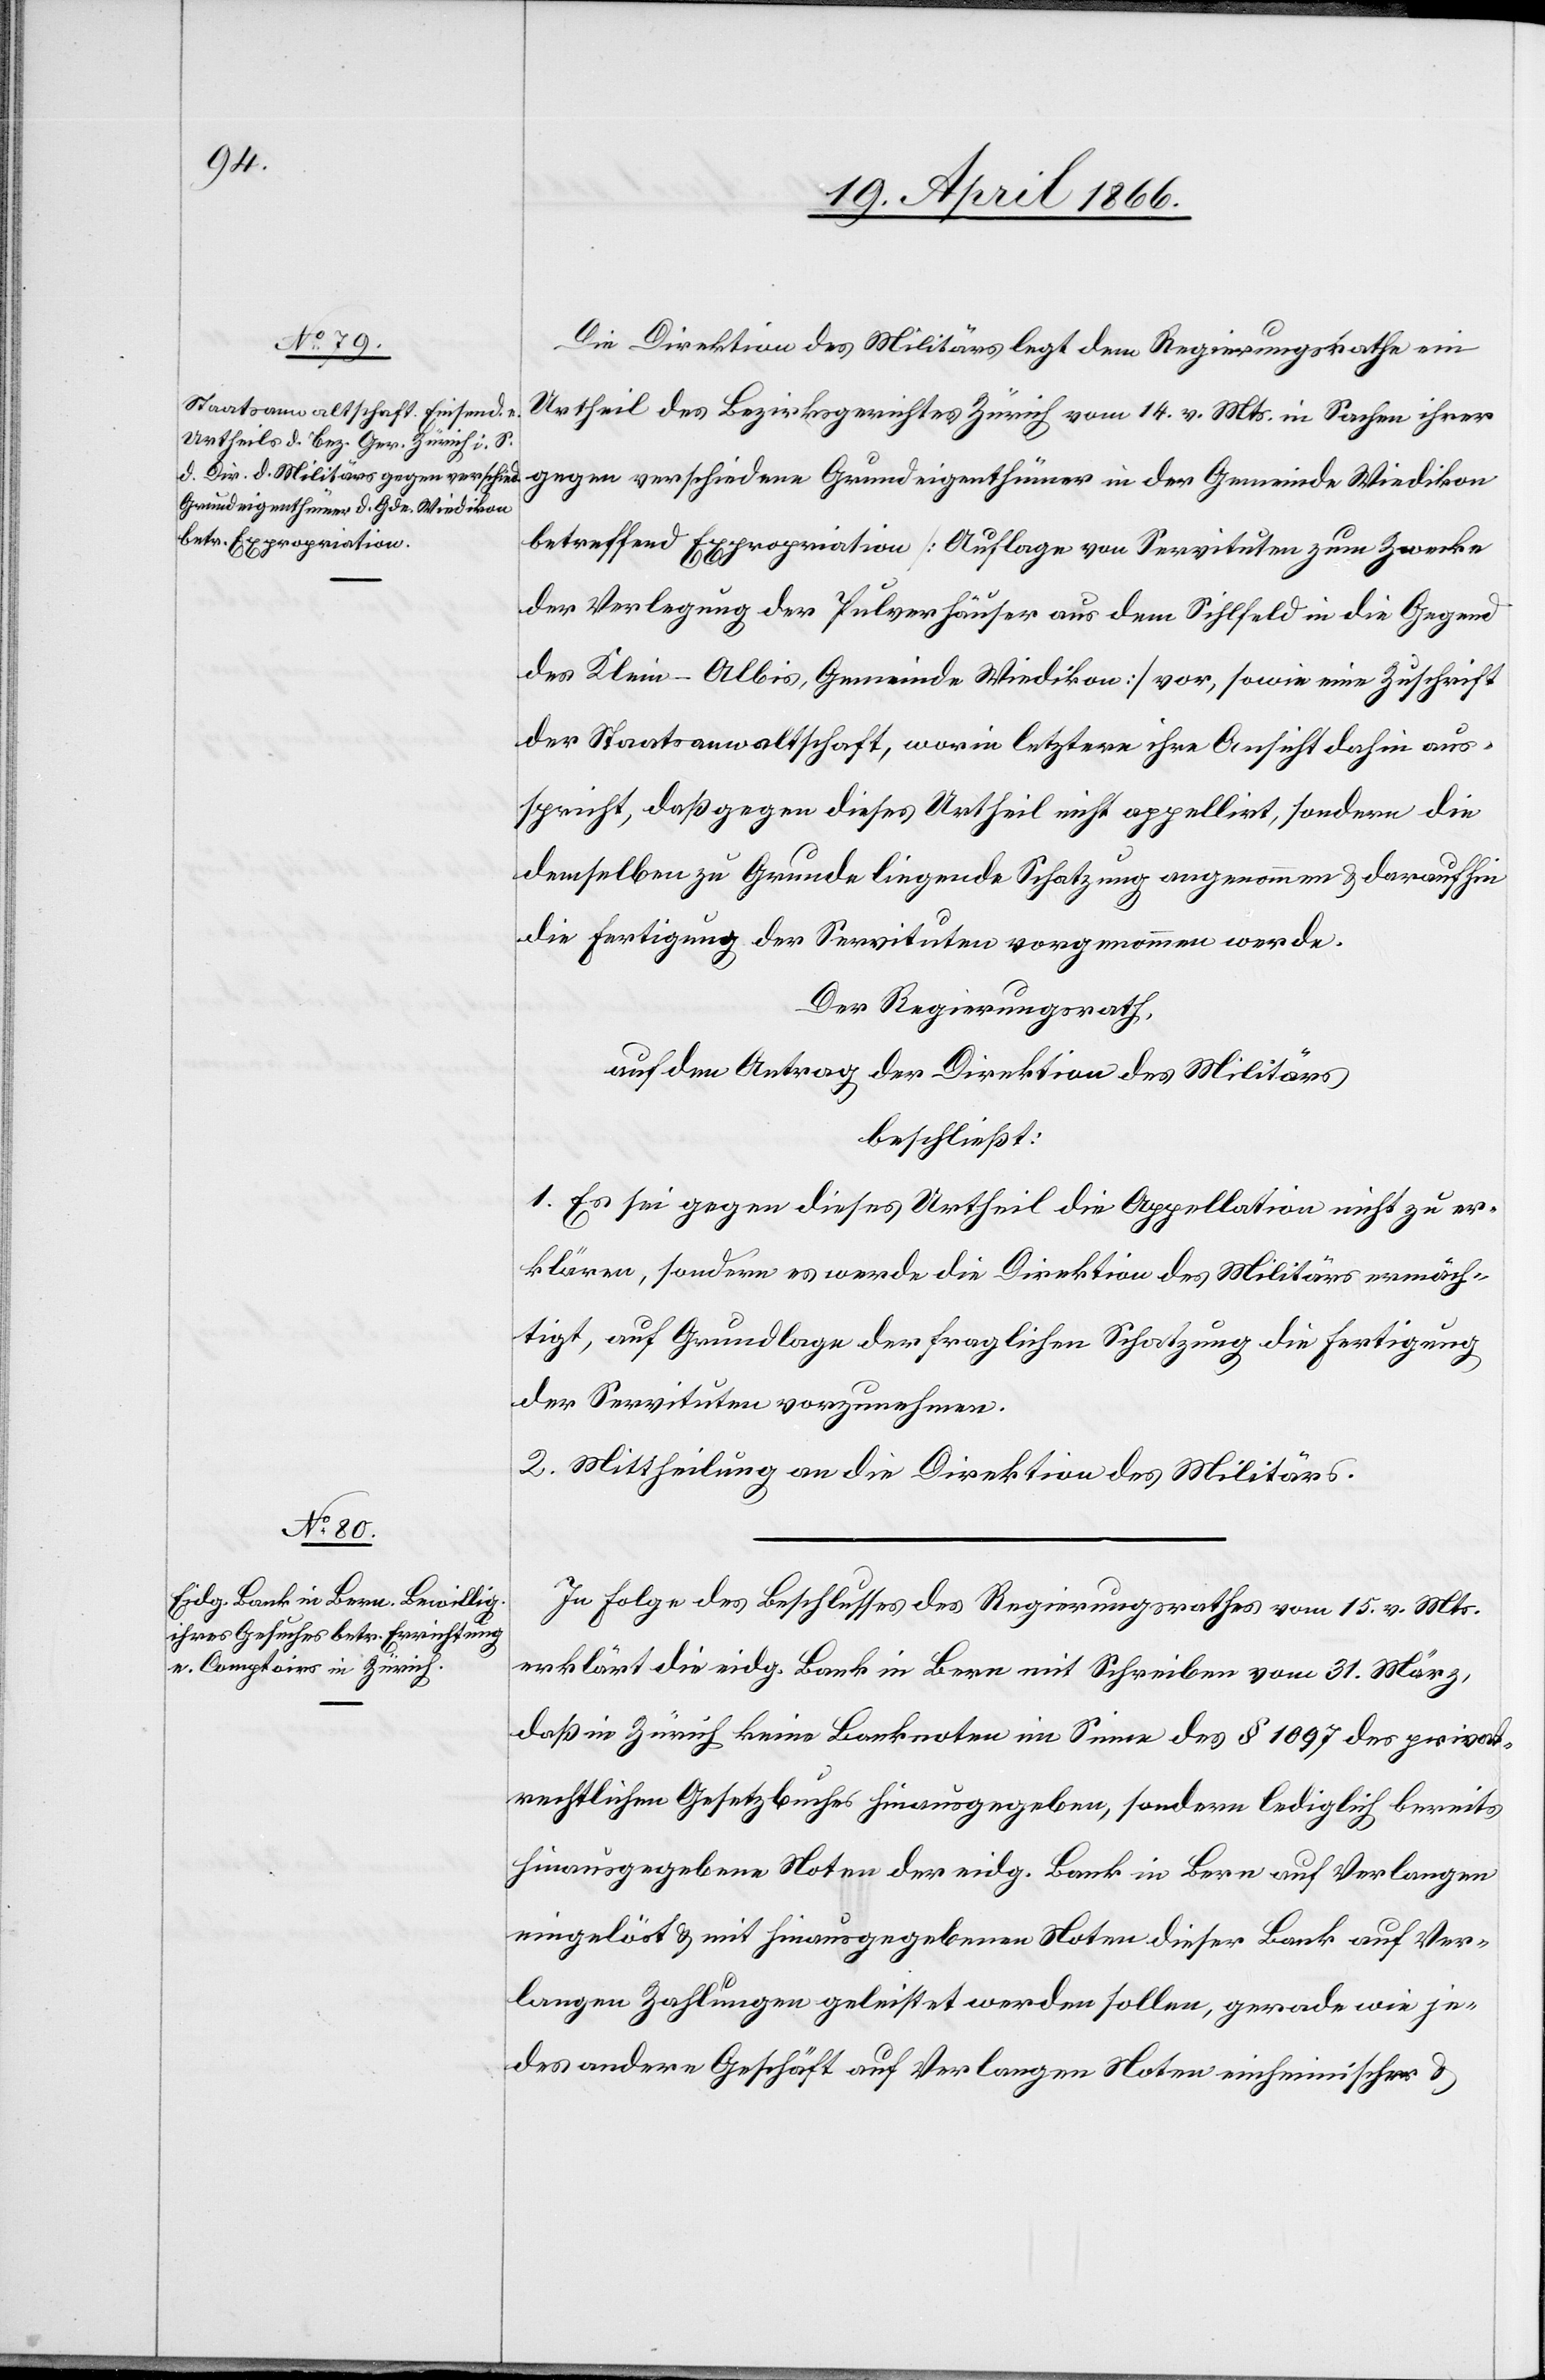
Die Direktion des Militärs legt dem Regierungsrathe ein
Urtheil des Bezirksgerichtes Zürich vom 14. v. Mts. in Sachen ihrer
gegen verschiedene Grundeigenthümer in der Gemeinde Wiedikon
betreffend Expropriation [Auflage von Servituten zum Zwecke
der Verlegung der Pulverhäuser aus dem Sihlfeld in die Gegen¬
d Klein-Albis, Gemeinde Wiedikon] vor, sowie eine Zuschrift
der Staatsanwaltschaft, worin letztere ihre Ansicht dahin aus¬
spricht, daß gegen dieses Urtheil nicht appellirt, sondern die
demselben zu Grunde liegende Schatzung angenommen u. daraufhin
die Fertigung der Servituten vorgenommen werde.
Der Regierungsrath,
auf den Antrag der Direktion des Militärs,
beschließt:
1. Es sei gegen dieses Urtheil die Appellation nicht zu er¬
klären, sondern es werde die Direktion des Militärs ermäch¬
tigt, auf Grundlage der fraglichen Schatzung die Fertigung
der Servituten vorzunehmen.
2. Mittheilung an die Direktion des Militärs.
In Folge des Beschlusses des Regierungsrathes vom 15. v. Mts.
erklärt die eidg. Bank in Bern mit Schreiben vom 31. März,
daß in Zürich keine Banknoten im Sinne des § 1097 des privat¬
rechtlichen Gesetzbuches hinausgegeben, sondern lediglich bereits
hinausgegebene Noten der eidg. Bank in Bern auf Verlangen
eingelöst u. mit hinausgegebenen Noten dieser Bank auf Ver¬
langen Zahlungen geleistet werden sollen, gerade wie je¬
des andere Geschäft auf Verlangen Noten einheimischer u.